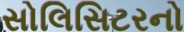
સોલિસિટરનો